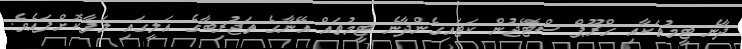
ދާނެ ޓީމުތަކާއި ގްރޫޕް ސްޓޭޖުން ކަޓައިގެންދާނެ ޓީމުތައް އޭނާގެ ތަޖުރިބާގެ އަލީގައި ލަފާކޮށްފައެވެ.